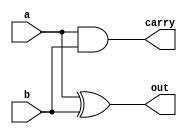
module ex1 (a, b, out, carry);

input a;
input b;

output out;
output carry;

assign out = a ^ b;
assign carry = a & b;

endmodule